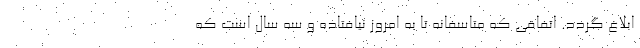
ابلاغ گردد. اتفاقی که متاسفانه تا به امروز نیافتاده و سه سال است که